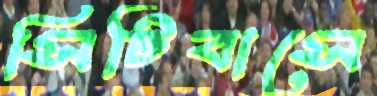
সিটিবাসে